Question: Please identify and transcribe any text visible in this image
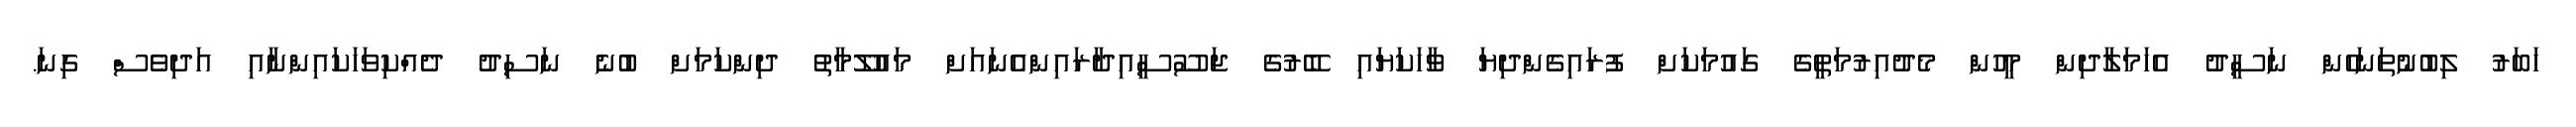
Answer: ހަބަރު ލިބުނުތަނަހެން ނަސީދު އެހަމަލާދިން މީހުން މެދުއިރުމަތީގެ ގައުމަކަށް ފުރައިގެންދިޔަ ވާހަކަޔައި ބޭރުގެ ޖަސޫސީއިދާރައިންއެނައަށް މައުލޫމާތު ދިންކަމަށް ބުނެ ނަސިދު ދެއްކިވަހަކައިންނާއި އަދިވެސް ގިނަ.